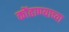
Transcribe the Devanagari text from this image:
कोंढाण्याच्या